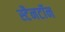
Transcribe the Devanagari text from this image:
स्टैनटॉन